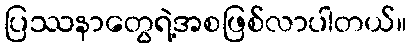
ပြဿနာတွေရဲ့အစဖြစ်လာပါတယ်။